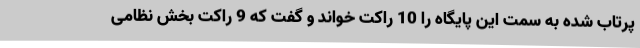
پرتاب شده به سمت این پایگاه را 10 راکت خواند و گفت که 9 راکت بخش نظامی